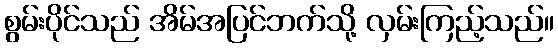
စွမ်းပိုင်သည် အိမ်အပြင်ဘက်သို့ လှမ်းကြည့်သည်။